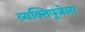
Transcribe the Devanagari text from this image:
व्यक्तिपूजेला